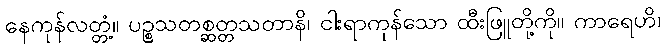
နေကုန်လတ္တံ့။ ပဉ္စသတစ္ဆတ္တသတာနိ၊ ငါးရာကုန်သော ထီးဖြူတို့ကို။ ကာရေဟိ၊